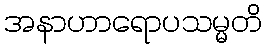
အနာဟာရောပသမ္မတိ